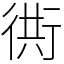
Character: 衖